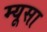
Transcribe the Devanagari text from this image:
म्यूसा